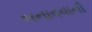
બનાવવાની